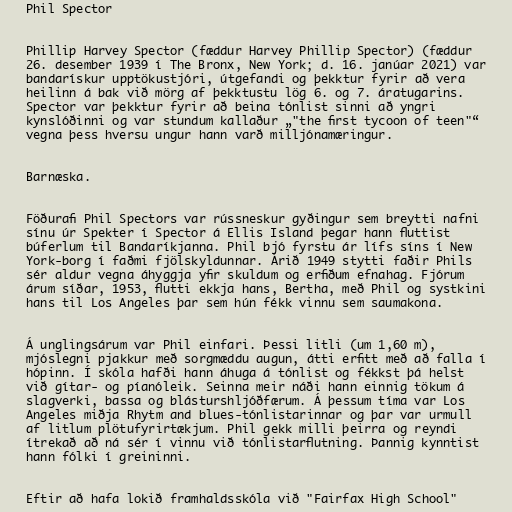
Phil Spector

Phillip Harvey Spector (fæddur Harvey Phillip Spector) (fæddur
26. desember 1939 í The Bronx, New York; d. 16. janúar 2021) var
bandarískur upptökustjóri, útgefandi og þekktur fyrir að vera
heilinn á bak við mörg af þekktustu lög 6. og 7. áratugarins.
Spector var þekktur fyrir að beina tónlist sinni að yngri
kynslóðinni og var stundum kallaður „"the first tycoon of teen"“
vegna þess hversu ungur hann varð milljónamæringur.

Barnæska.

Föðurafi Phil Spectors var rússneskur gyðingur sem breytti nafni
sínu úr Spekter í Spector á Ellis Island þegar hann fluttist
búferlum til Bandaríkjanna. Phil bjó fyrstu ár lífs síns í New
York-borg í faðmi fjölskyldunnar. Árið 1949 stytti faðir Phils
sér aldur vegna áhyggja yfir skuldum og erfiðum efnahag. Fjórum
árum síðar, 1953, flutti ekkja hans, Bertha, með Phil og systkini
hans til Los Angeles þar sem hún fékk vinnu sem saumakona.

Á unglingsárum var Phil einfari. Þessi litli (um 1,60 m),
mjóslegni pjakkur með sorgmæddu augun, átti erfitt með að falla í
hópinn. Í skóla hafði hann áhuga á tónlist og fékkst þá helst
við gítar- og píanóleik. Seinna meir náði hann einnig tökum á
slagverki, bassa og blásturshljóðfærum. Á þessum tíma var Los
Angeles miðja Rhytm and blues-tónlistarinnar og þar var urmull
af litlum plötufyrirtækjum. Phil gekk milli þeirra og reyndi
ítrekað að ná sér í vinnu við tónlistarflutning. Þannig kynntist
hann fólki í greininni.

Eftir að hafa lokið framhaldsskóla við "Fairfax High School"